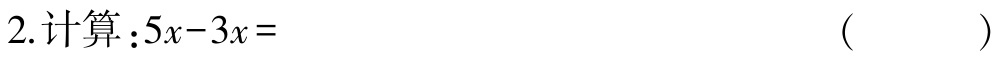
2.计算：\(5x - 3x =\)（  ）